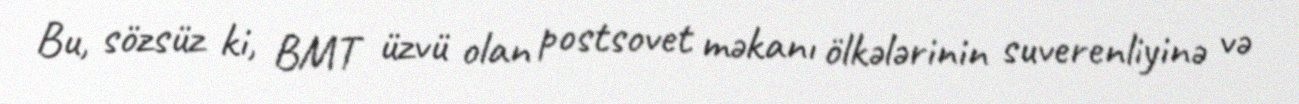
Bu, sözsüz ki, BMT üzvü olan postsovet məkanı ölkələrinin suverenliyinə və